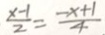
\frac { x - 1 } { 2 } = \frac { - x + 1 } { 4 }